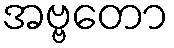
အဗ္ဗတော